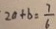
2 0 + b = \frac { 7 } { 6 }